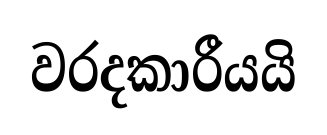
වරදකාරීයයි